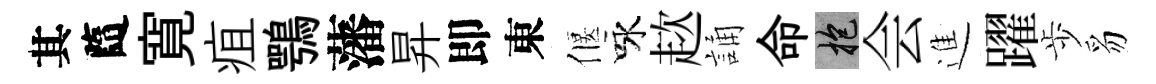
其隨寛疽鶚藩昇即東偃咏趑誦命抱会進躍歩豸